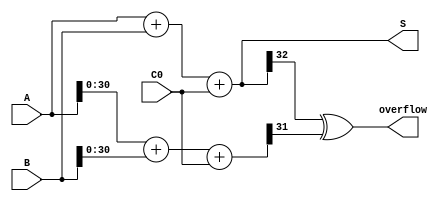
`timescale 1ns / 1ps
//////////////////////////////////////////////////////////////////////////////////
// Company: 
// Engineer: 
// 
// Design Name: 
// Module Name:    add_32 
// Project Name: 
// Target Devices: 
// Tool versions: 
// Description: 
//
// Dependencies: 
//
// Revision: 
// Revision 0.01 - File Created
// Additional Comments: 
//
//////////////////////////////////////////////////////////////////////////////////
module ADC32(input [31:0] A, 	//32ALUslt
				 input [31:0] B, 
				 input C0,			//
				 output [32:0] S,
				 output overflow
				  );
	wire [31:0] T;
	assign T = A[30:0] + B[30:0] + C0;
	assign S = A + B + C0;
	assign overflow = S[32] ^ T[31]; // 3130

endmodule